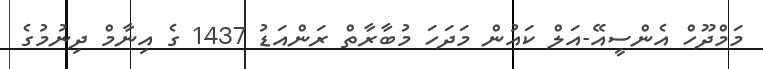
މަމްދޫހް އެންސީއޭ-އަލް ކައުން މަދަހަ މުބާރާތް ރަންއަޑު 1437 ގެ އިނާމް ދިނުމުގެ